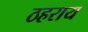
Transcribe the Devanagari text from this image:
ठहराय